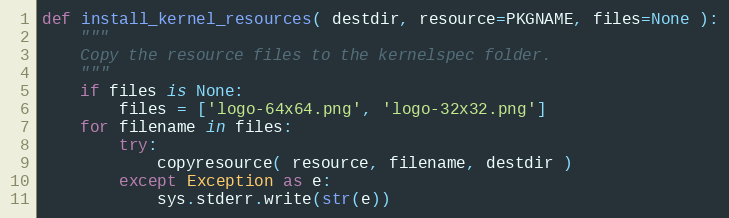
Language: Python
def install_kernel_resources( destdir, resource=PKGNAME, files=None ):
    """
    Copy the resource files to the kernelspec folder.
    """
    if files is None:
        files = ['logo-64x64.png', 'logo-32x32.png']
    for filename in files:
        try:
            copyresource( resource, filename, destdir )
        except Exception as e:
            sys.stderr.write(str(e))